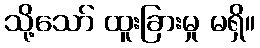
သို့သော် ထူးခြားမှု မရှိ။